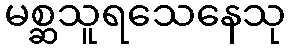
မစ္ဆသူရသေနေသု